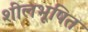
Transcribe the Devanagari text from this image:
शीलभूषित